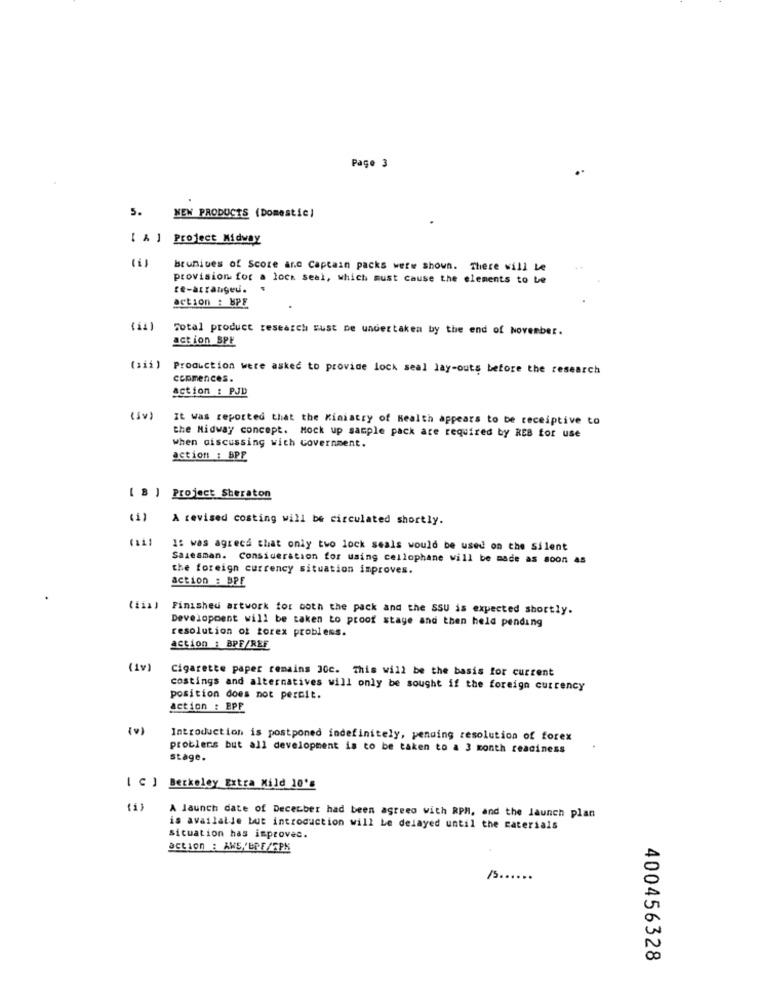
Page 3
5.
NEW PRODUCTS (Domestic)
[ A ] Project Midway
(1)
brunives of Score anc Captain packs were shown. There will Le
provision for a lock seal, which must cause the elements to be
re-arrangeu.
.
action : HPF
Total product research rust ne undertaken by the end of November.
action SPF
(312 )
Production were asked to provide lock seal lay-outs before the research
ccpmences.
action : PJD
(sv)
It was reported that the Ministry of Health appears to be receiptive to
when discussing with Government.
the Midway concept. Mock up sample pack are required by REB for use
action : BPF
[ B ] Project Sheraton
(1)
A revised costing will be circulated shortly.
(11)
1: was agreca that only two lock seals would be used on the Silent
Salesman. Consideration for using cellophane will be made as soon as
the foreign currency situation improves.
action : BPE
(fia) Finished artwork for both the pack and the SSU is expected shortly.
Development will be taken to proof stage and then held pending
resolution of torex problems.
action : BPF/REF
(Iv)
Cigarette paper remains 30c. This will be the basis for current
costings and alternatives will only be sought if the foreign currency
position does not percit.
action : EPF
Introduction is postponed indefinitely, pending resolution of forex
problems but all development is to be taken to a 3 month readiness
stage.
[ C ] Berkeley Extra Mild 10's
(1)
A launch date of December had been agreed with RPM, and the launch plan
is available but introduction will Le delayed until the caterials
situation has improvec.
action : AWE 'BPE/SPK
...
400456328